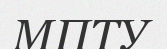
МПТУ